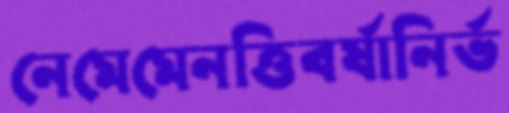
নেমেমেনত্তিবর্ষানির্ভ